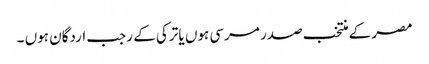
مصر کے منتخب صدر مرسی ہوں یا ترکی کے رجب اردگان ہوں ۔